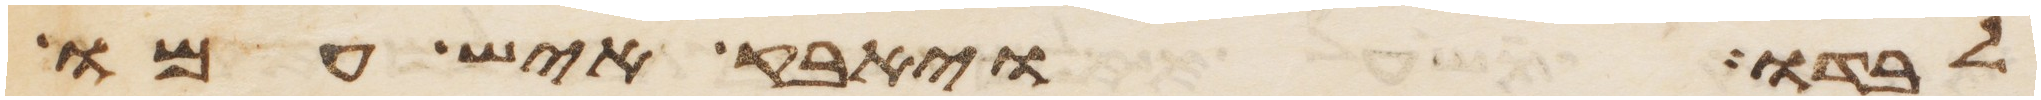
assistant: לבדו ויאבק איש עמו